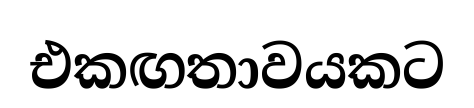
එකඟතාවයකට